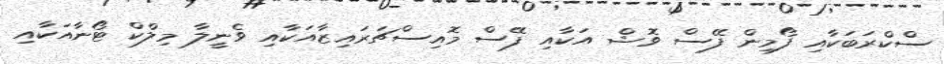
ސްކްރަބަކާއި ފޯމިން ފޭސް ވޮޝް އަކާއި ފޭސް މޮއިސްޗަރައިޒާއަކާއި ވެނީލާ މިލްކް ޓޯނާއަކާއި